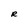
Character: R